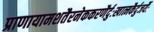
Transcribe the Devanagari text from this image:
प्राणायामशतैरनेककरणैर्दुःखात्मकैर्दुजर्यैः